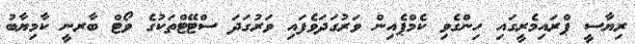
ރިޔާސީ ޕްރައިމެރީގައި ހިންގެވި ކެމްޕެއިން ވަރުގަދަވެފައި ވަރުގަދަ ސްޓޭޓްތަކުގެ ވޯޓް ބާރނީ ކާމިޔާބު